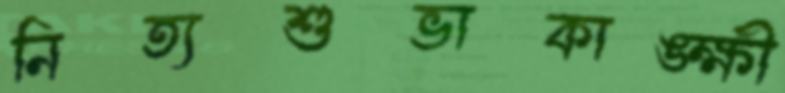
নিত্যশুভাকাঙ্ক্ষী